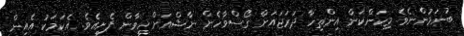
ބުނަމުންނެވެ. މިކަންކަން އިންތިހާ ދަރަޖައަށް ގޯސްވާހެން ނާޝްއަށް ހީވާން ފެށިއެވެ. އެކަަމަކު އެއިން